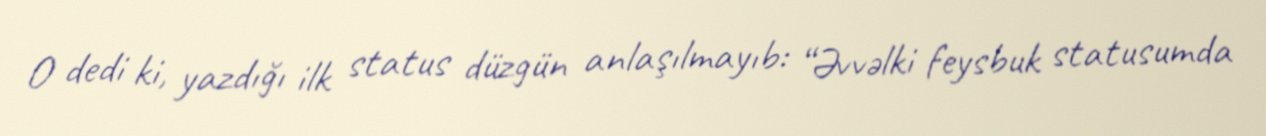
O dedi ki, yazdığı ilk status düzgün anlaşılmayıb: “Əvvəlki feysbuk statusumda